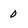
Character: 0